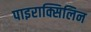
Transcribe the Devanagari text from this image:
पाइराक्सिलिन